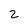
Character: 2